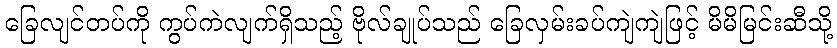
ခြေလျင်တပ်ကို ကွပ်ကဲလျက်ရှိသည့် ဗိုလ်ချုပ်သည် ခြေလှမ်းခပ်ကျဲကျဲဖြင့် မိမိမြင်းဆီသို့